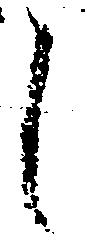
し